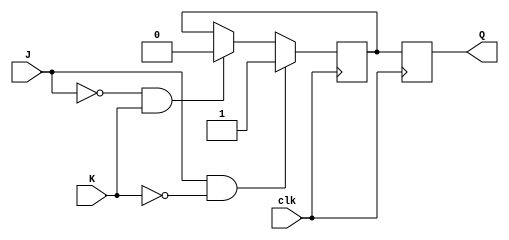
module jk_ff (
    input wire J, // input for set
    input wire K, // input for reset
    input wire clk, // clock input
    output reg Q // output
);
    
reg master_Q; // master flip-flop output
reg slave_Q; // slave flip-flop output

always @(posedge clk) begin
    // Master flip-flop logic
    if (J & ~K) begin
        master_Q <= 1;
    end else if (~J & K) begin
        master_Q <= 0;
    end;
end

always @(negedge clk) begin
    // Slave flip-flop logic
    slave_Q <= master_Q;
end

assign Q = slave_Q;

endmodule